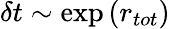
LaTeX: \delta t\sim\exp{(r_{tot})}